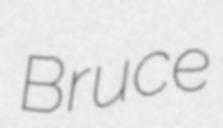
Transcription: Bruce